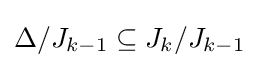
\Delta /J_{k-1}\subseteq J_{k}/J_{k-1}